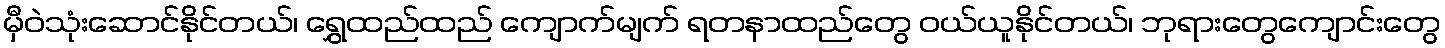
မှီဝဲသုံးဆောင်နိုင်တယ်၊ ရွှေထည်ထည် ကျောက်မျက် ရတနာထည်တွေ ဝယ်ယူနိုင်တယ်၊ ဘုရားတွေကျောင်းတွေ